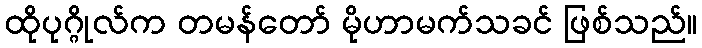
ထိုပုဂ္ဂိုလ်က တမန်တော် မိုဟာမက်သခင် ဖြစ်သည်။